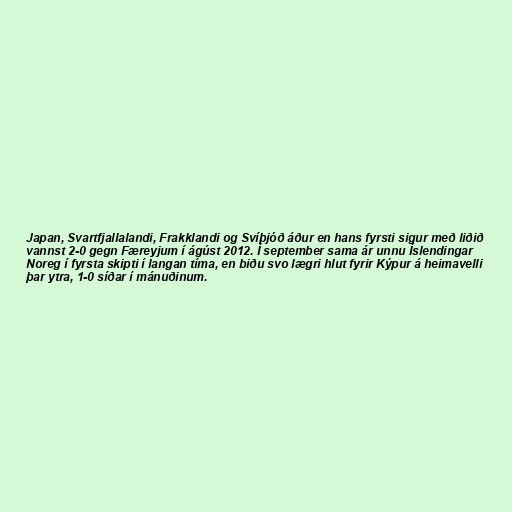
Japan, Svartfjallalandi, Frakklandi og Svíþjóð áður en hans fyrsti sigur með liðið
vannst 2-0 gegn Færeyjum í ágúst 2012. Í september sama ár unnu Íslendingar
Noreg í fyrsta skipti í langan tíma, en biðu svo lægri hlut fyrir Kýpur á heimavelli
þar ytra, 1-0 síðar í mánuðinum.